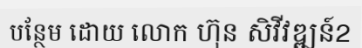
បន្ថែម ដោយ លោក ហ៊ុន សិវីវឌ្ឍន៍2